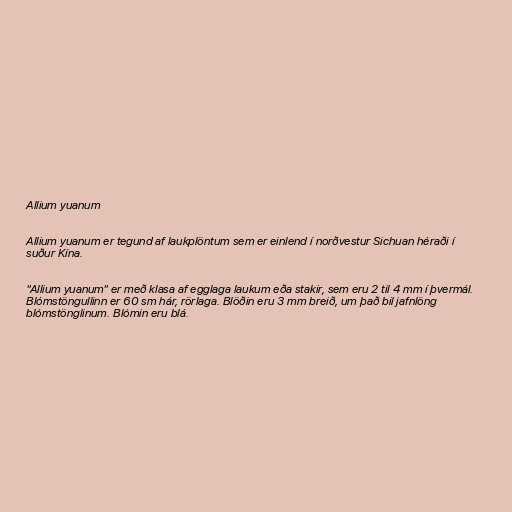
Allium yuanum

Allium yuanum er tegund af laukplöntum sem er einlend í norðvestur Sichuan héraði í
suður Kína.

"Allium yuanum" er með klasa af egglaga laukum eða stakir, sem eru 2 til 4 mm í þvermál.
Blómstöngullinn er 60 sm hár, rörlaga. Blöðin eru 3 mm breið, um það bil jafnlöng
blómstönglinum. Blómin eru blá.